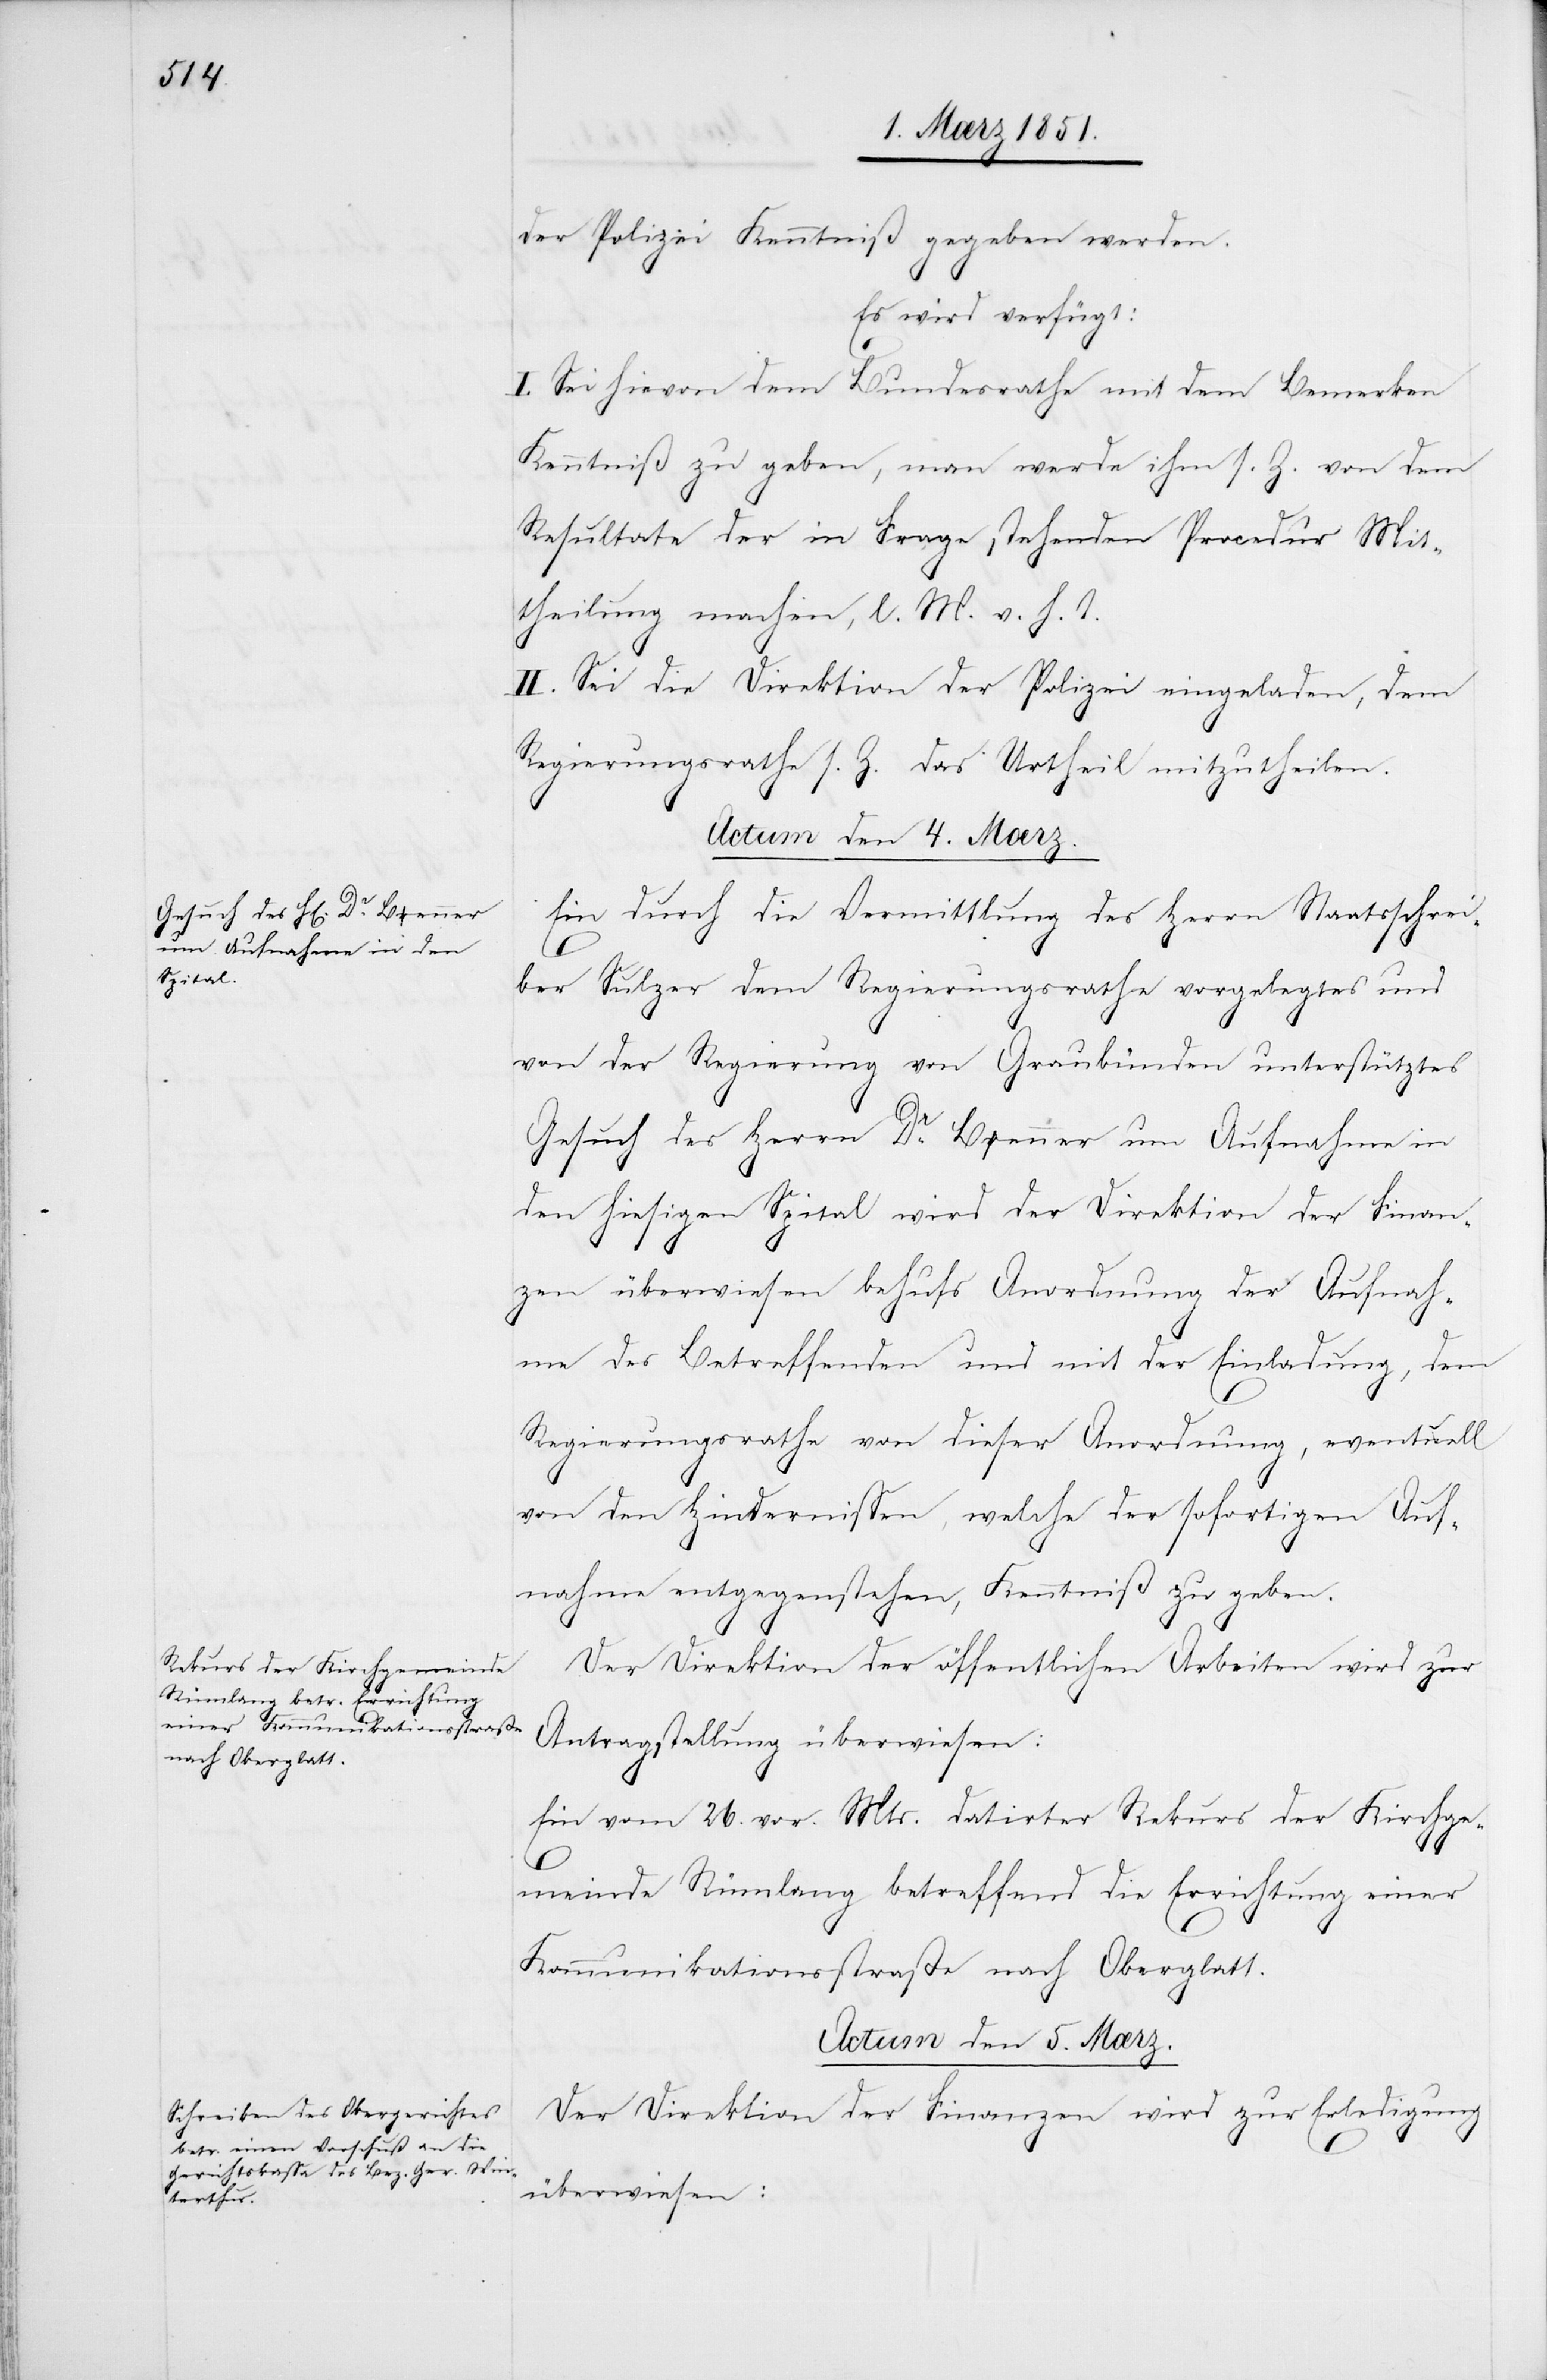
der Polizei Kenntniß gegeben werden.
Es wird verfügt:
I. Sei hievon dem Bundesrathe mit dem Bemerken
Kenntniß zu geben, man werde ihm s. Z. von dem
Resultate der in Frage stehenden Procedur Mit¬
theilung machen, l. M. v. h. T.
II. Sei die Direktion der Polizei eingeladen, dem
Regierungsrathe s. Z. das Urtheil mitzutheilen.
Actum den 4. Mærz.]
Ein durch die Vermittlung des Herrn Staatsschrei¬
ber Sulzer dem Regierungsrathe vorgelegtes und
von der Regierung von Graubünden unterstütztes
Gesuch des Herrn Dr. Benner um Aufnahme in
den hiesigen Spital wird der Direktion der Finan¬
zen überwiesen behufs Anordnung der Aufnah¬
me des Betreffenden und mit der Einladung, dem
Regierungsrathe von dieser Anordnung, eventuell
von den Hindernissen, welche der sofortigen Auf¬
nahme entgegenstehen, Kenntniß zu geben.
Der Direktion der öffentlichen Arbeiten wird zur
Antragstellung überwiesen:
Ein vom 26. vor. Mts. datirter Rekurs der Kirchge¬
meinde Rümlang betreffend die Errichtung einer
Kommunikationsstraße nach Oberglatt.
Actum den 5. Mærz.
Der Direktion der Finanzen wird zur Erledigung
überwiesen: